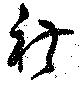
礼